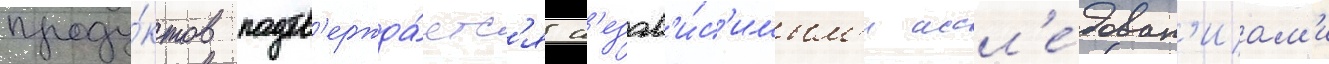
проду́ктов подтв'ержда́етс'я н'езав'и́с'имым'и иссл'е́дован'иам'и